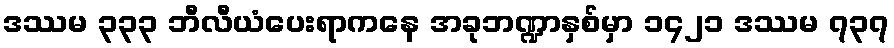
ဒဿမ ၃၃၃ ဘီလီယံပေးရာကနေ အခုဘဏ္ဍာနှစ်မှာ ၁၄၂၁ ဒဿမ ၇၃၇